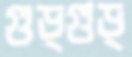
গুড্গুড্